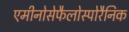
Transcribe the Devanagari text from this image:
एमीनोसेफैलोस्पोरैनिक